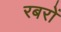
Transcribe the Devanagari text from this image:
रबरों